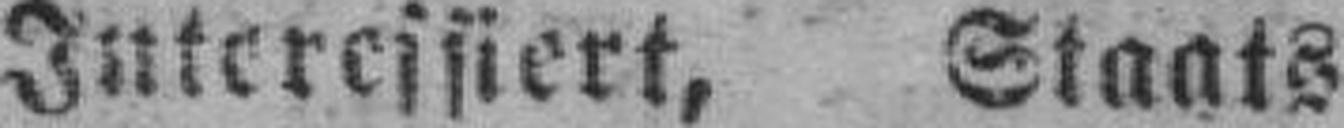
Interessiert, Staats¬